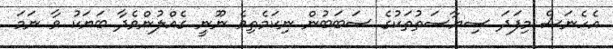
އެހެނަސް މިފަދަ ސިޔާސަތުތަކުގެ ސަބަބުން ނިކަމެތިވެ ނޫނީ ގެއްލުންވެދާ ބަޔަކު ވާ ނަމަ